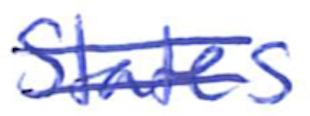
Text: States
Cross-out: double-line
Writing tool: ballpoint